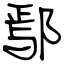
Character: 鄢